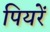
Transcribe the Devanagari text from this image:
पियरें